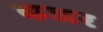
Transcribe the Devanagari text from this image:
कजर